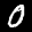
Label: 0